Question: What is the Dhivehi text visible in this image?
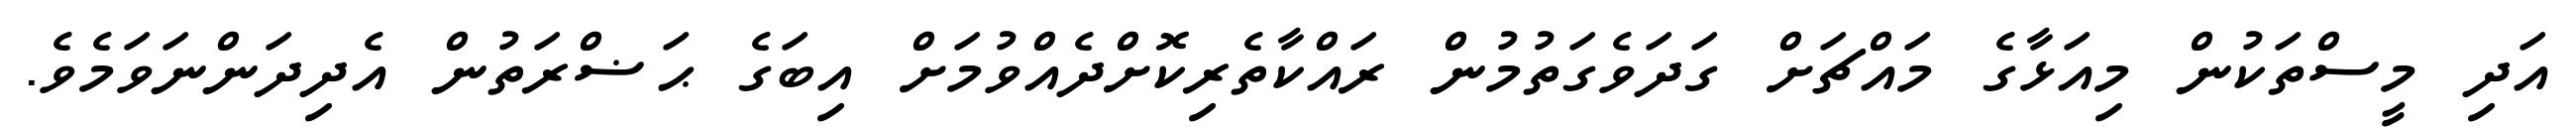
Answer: އަދި މީސްތަކުން މިއަޅާގެ މައްޗަށް ގަދަވެގަތުމުން ރައްކާތެރިކޮށްދެއްވުމަށް އިބަގެ ޙަޟްރަތުން އެދިދަންނަވަމެވެ.